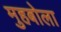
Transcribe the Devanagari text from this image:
मुहबोला